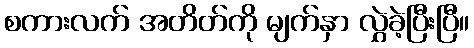
စကားလက် အတိတ်ကို မျက်နှာ လွှဲခဲ့ပြီးပြီ။